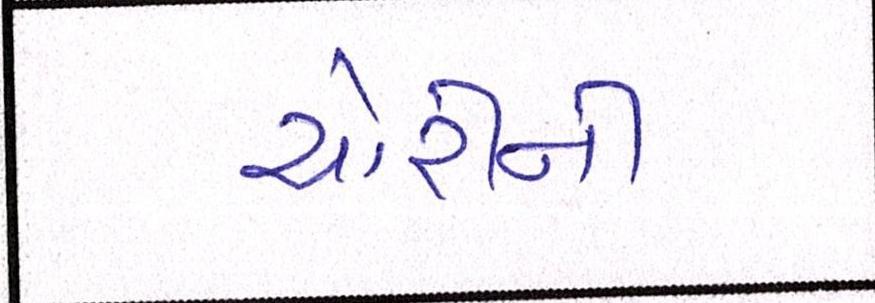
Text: ચોરીની